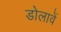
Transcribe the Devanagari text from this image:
डोलावें